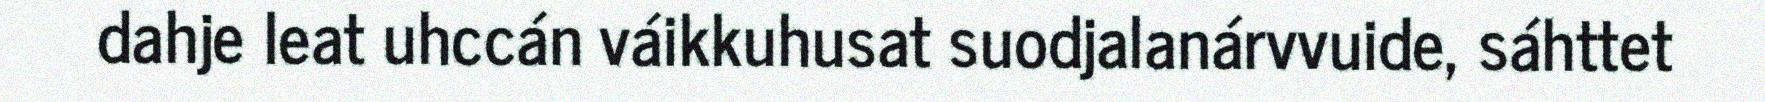
dahje leat uhccán váikkuhusat suodjalanárvvuide, sáhttet